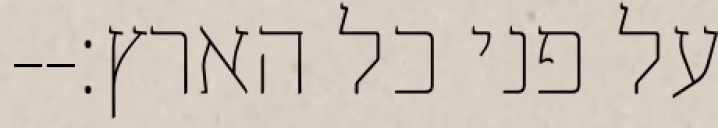
על פני כל הארץ׃--